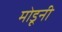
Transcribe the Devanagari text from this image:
मोडूनी